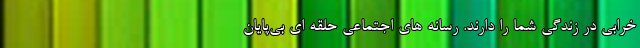
خرابی در زندگی شما را دارند. رسانه‌ های اجتماعی حلقه ‌ای بی‌پایان